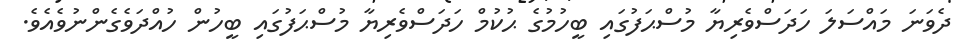
ދެވަނަ މައްސަލަ ހަދަސްވެރިޔާ މުސްޙަފުގައި ބީހުމުގެ ޙުކުމް ހަދަސްވެރިޔާ މުސްޙަފުގައި ބީހުން ހުއްދަވެގެންނުވެއެވެ.